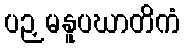
ပဉှမနူပဃာတိကံ